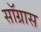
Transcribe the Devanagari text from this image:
सॉग्रास